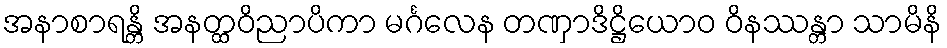
အနာစာရန္တိ အနတ္ထဝိညာပိကာ မင်္ဂလေန တဏှာဒိဋ္ဌိယောဝ ဝိနဿန္တာ သာမိနိ